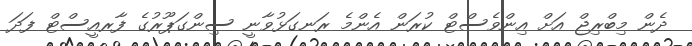
ދެން މިބްރިޖް އަށް އިންވެސްޓް ކުރަން އެންމެ ރަނގަޅުވާނީ ސިންގަޕޫރުގެ ފާރއީސްޓް ފަދަ